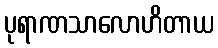
ပုရာဏသာလောဟိတာယ